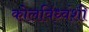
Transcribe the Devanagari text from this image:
कोलविंध्वंशी